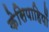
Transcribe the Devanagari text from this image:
केसिपाहियों